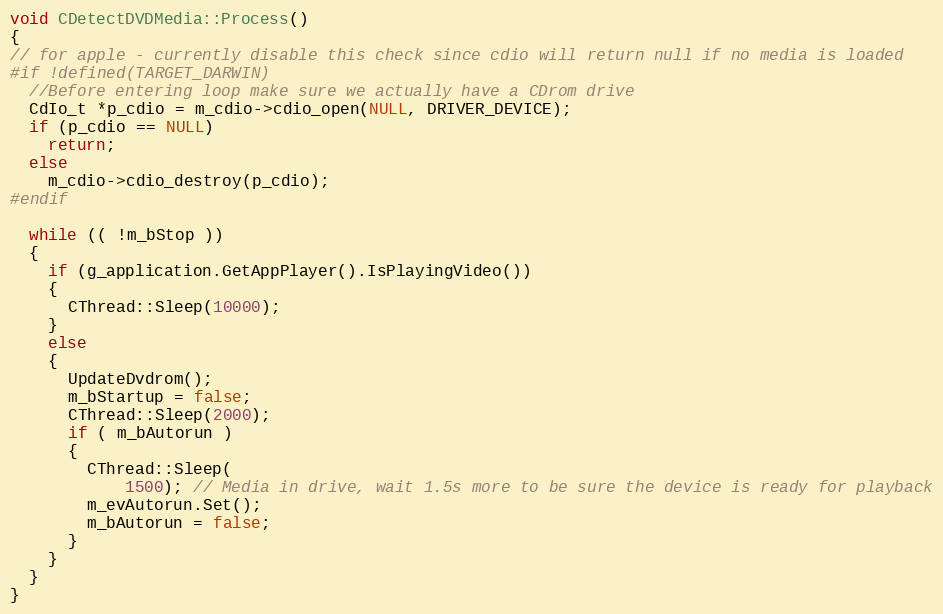
Language: C++
void CDetectDVDMedia::Process()
{
// for apple - currently disable this check since cdio will return null if no media is loaded
#if !defined(TARGET_DARWIN)
  //Before entering loop make sure we actually have a CDrom drive
  CdIo_t *p_cdio = m_cdio->cdio_open(NULL, DRIVER_DEVICE);
  if (p_cdio == NULL)
    return;
  else
    m_cdio->cdio_destroy(p_cdio);
#endif

  while (( !m_bStop ))
  {
    if (g_application.GetAppPlayer().IsPlayingVideo())
    {
      CThread::Sleep(10000);
    }
    else
    {
      UpdateDvdrom();
      m_bStartup = false;
      CThread::Sleep(2000);
      if ( m_bAutorun )
      {
        CThread::Sleep(
            1500); // Media in drive, wait 1.5s more to be sure the device is ready for playback
        m_evAutorun.Set();
        m_bAutorun = false;
      }
    }
  }
}